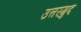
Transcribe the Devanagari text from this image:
उत्तरगुद